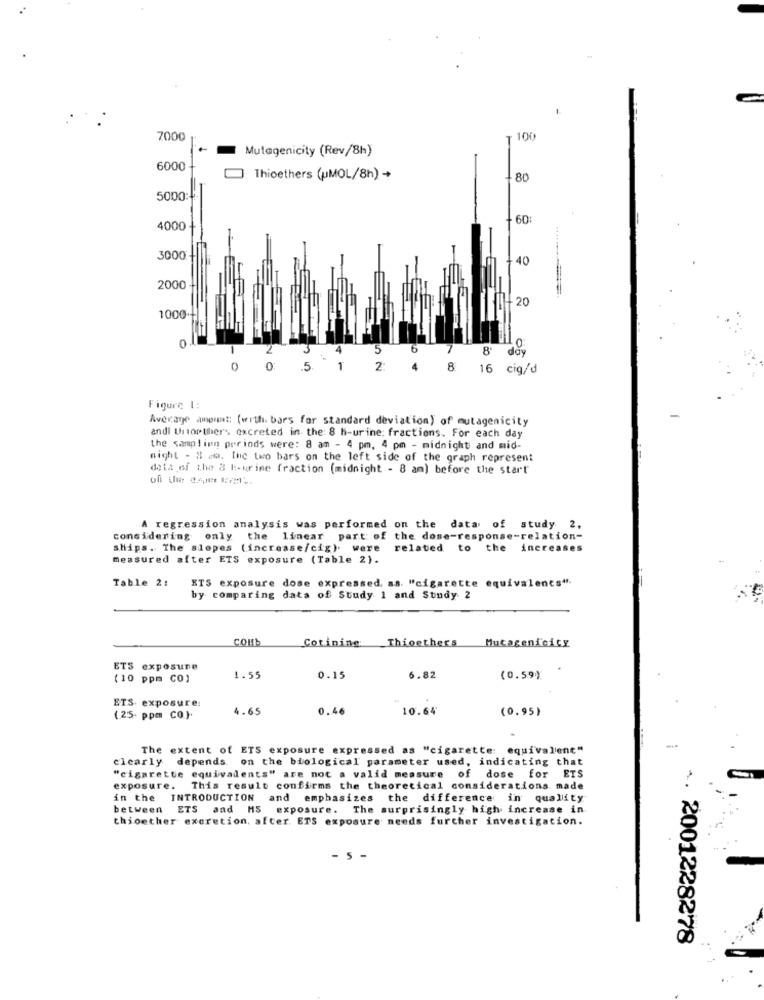
7000
100
Mutagenicity (Rev/8h)
6000
Thioethers (uMOL/8h) +
80
5000:
60:
4000
3000
40
2000
20
1000
8'
doy
.5.
1
52
8
16
cig/d
Figure 1:
Average amount: (with. bors for standard deviation) of mutagenicity
andi thiopthers, excreted in the: 8 h-urine: fractions. For each day
the sampling periods were: 8 am - 4 pm, 4 pm - midnight and mid-
might - # w. the two bars on the left side of the graph represent
deta of the & b-urine fraction (midnight - 8 am) before the start
A regression analysis was performed on the data of study 2.
considering only the linear part of the dome-response-relation-
ships. The slopes (increase/cig). were
related to the increases
measured after ETS exposure (Table 2).
Table 2:
ETS exposure dose expressed. as "cigarette equivalents".
by comparing data of Study 1 and Study 2
COMb
Mucagenfcity
Cotining Thioethers
ETS exposure
(10 ppm CO)
1.55
0.15
6.82
(0.59)
ETS. exposure:
4.65
0.46
10.64
(0.95)
(25- ppm CO.).
The extent of ETS exposure expressed as "cigarette: equivalent"
clearly depends on the biological parameter used, indicating that
"cigarette equivalents" are not a valid measure of dose for ETS
exposure.
This result confirms the theoretical considerations made
in the
INTRODUCTION and emphasizes
the difference in quality
between
ETS and MS exposure. The surprisingly high increase in
thioether excretion, after ETS exposure needs further investigation.
- S
2001228278